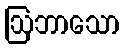
ဩဘာသော